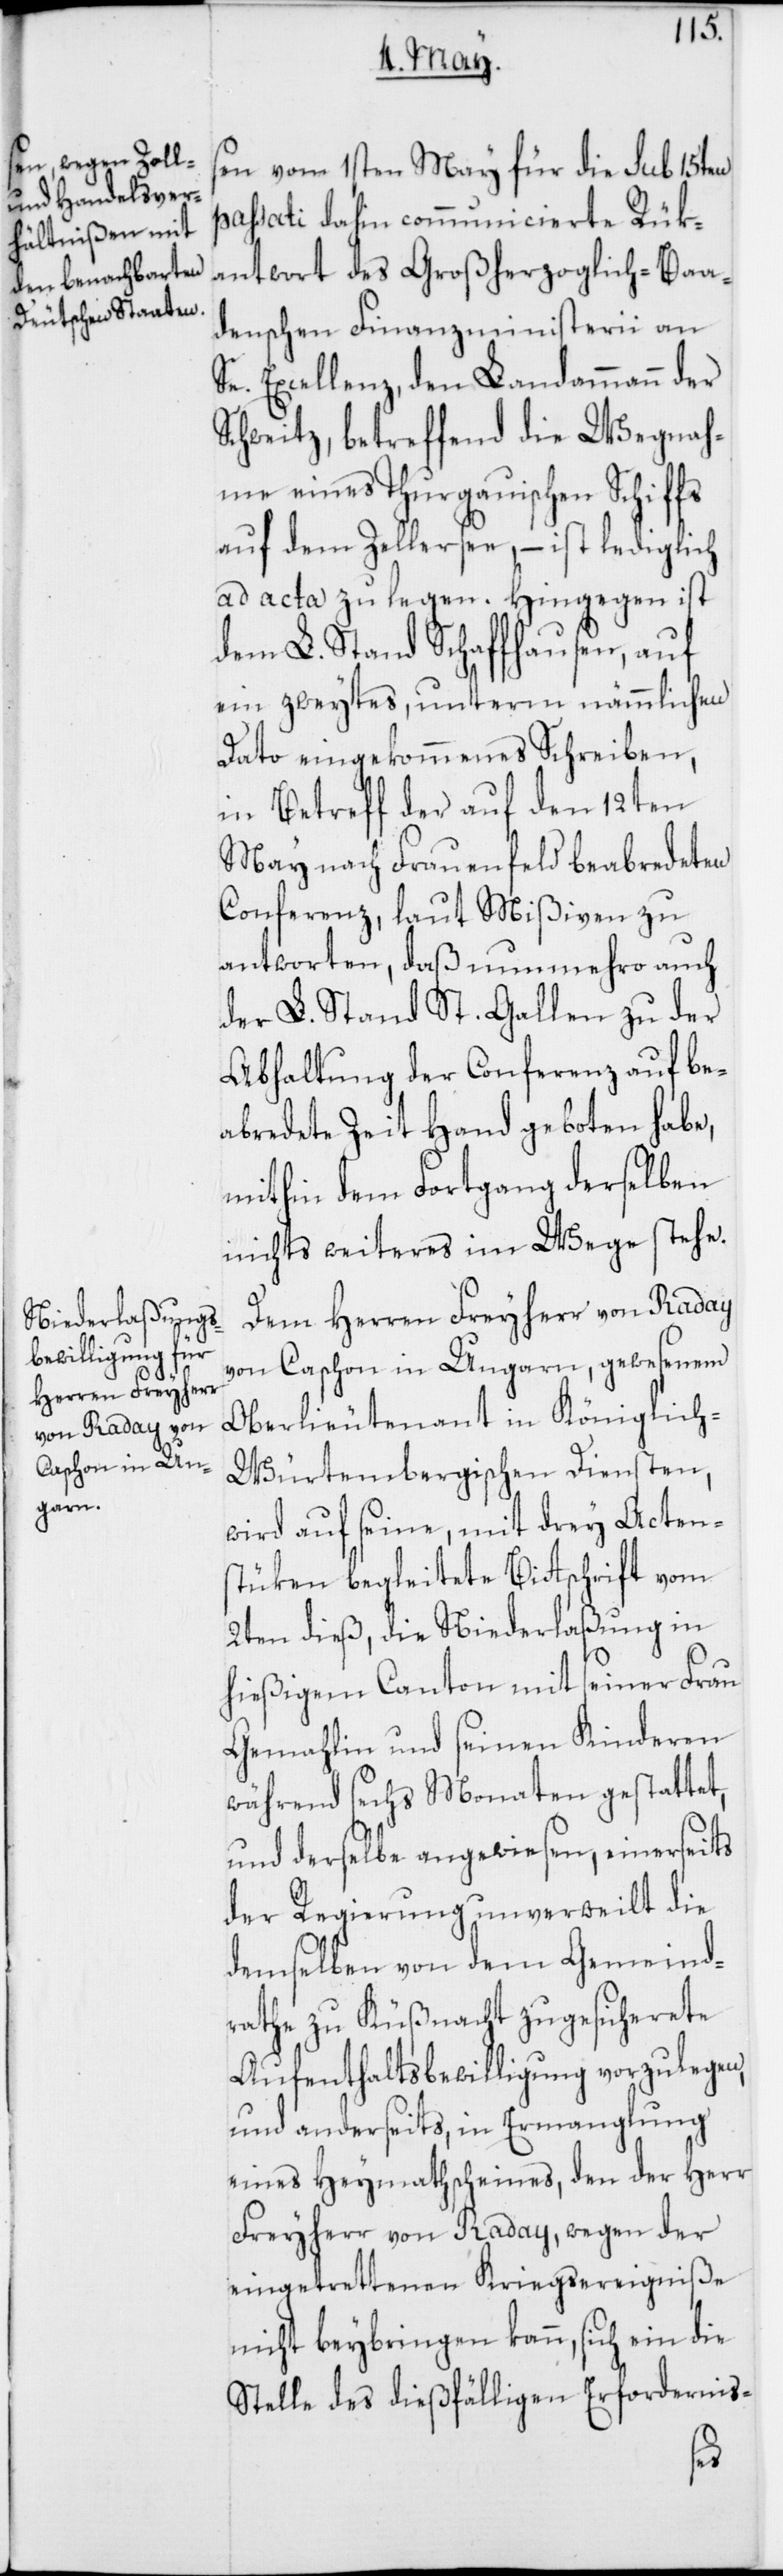
sen vom 1sten May für die sub 15ten
passati dahin communicierte Rük¬
antwort des Großherzoglich-Baa¬
denschen Finanzministerii an
Se. Excellenz, den Landammann der
Schweitz, betreffend die Wegnah¬
me eines Thurgauischen Schiffs
auf dem Zellersee, – ist lediglich
ad acta zu legen. Hingegen ist
dem L. Stand Schaffhausen, auf
ein zweytes, unterm nämmlichen
Dato eingekommenes Schreiben,
in Betreff der auf den 12ten
May nach Frauenfeld beabredeten
Conferenz, laut Mißiven zu
antworten, daß nunmehro auch
der L. Stand St. Gallen zu der
Abhaltung der Conferenz auf be¬
abredete Zeit Hand geboten habe,
mithin dem Fortgang derselben
nichts weiteres im Wege stehe.
Dem Herren Freyherr von Raday
von Caschon in Ungarn, gewesenem
Oberlieutenant in Königlich-W¬
ürtembergischen Diensten,
wird auf seine, mit drey Actens¬
tücken begleitete Bitschrift vom
2ten dieß, die Niederlaßung in
hießigem Canton mit seiner Frau
Gemahlin und seinen Kinderen
während sechs Monaten gestattet,
und derselbe angwiesen, einerseits
der Regierung unverweilt die
demselben von dem Gemeind¬
rathe zu Küßnacht zugesicherete
Aufenthaltsbewilligung vorzulegen,
und anderseits, in Ermanglung
eines Heymathscheines, den der Herr
Freyherr von Raday, wegen der
eingetrettenen Kriegsereigniße
nicht beybringen kann, sich ein die
Stelle des dießfälligen Erfordernis-